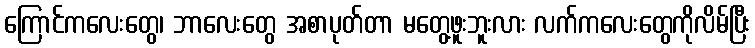
ကြောင်ကလေးတွေ၊ ဘာလေးတွေ အစာပုတ်တာ မတွေ့ဖူးဘူးလား လက်ကလေးတွေကိုလိမ်ပြီး